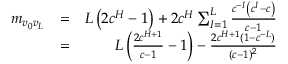
\begin{array} { r l r } { m _ { v _ { 0 } v _ { L } } } & { = } & { L \left( 2 c ^ { H } - 1 \right) + 2 c ^ { H } \sum _ { I = 1 } ^ { L } \frac { c ^ { - I } \left( c ^ { I } - c \right) } { c - 1 } } \\ & { = } & { L \left( \frac { 2 c ^ { H + 1 } } { c - 1 } - 1 \right) - \frac { 2 c ^ { H + 1 } ( 1 - c ^ { - L } ) } { ( c - 1 ) ^ { 2 } } } \end{array}